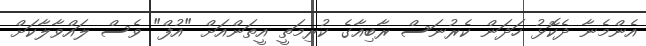
އެންމެނާ ދެކޮޅު ހަދަން ކެރުނަސް ރާބިއާގެ ކުރިމަތީ އީތަންއަށް "އުފް" ވެސް ލައްވާލާކަށް